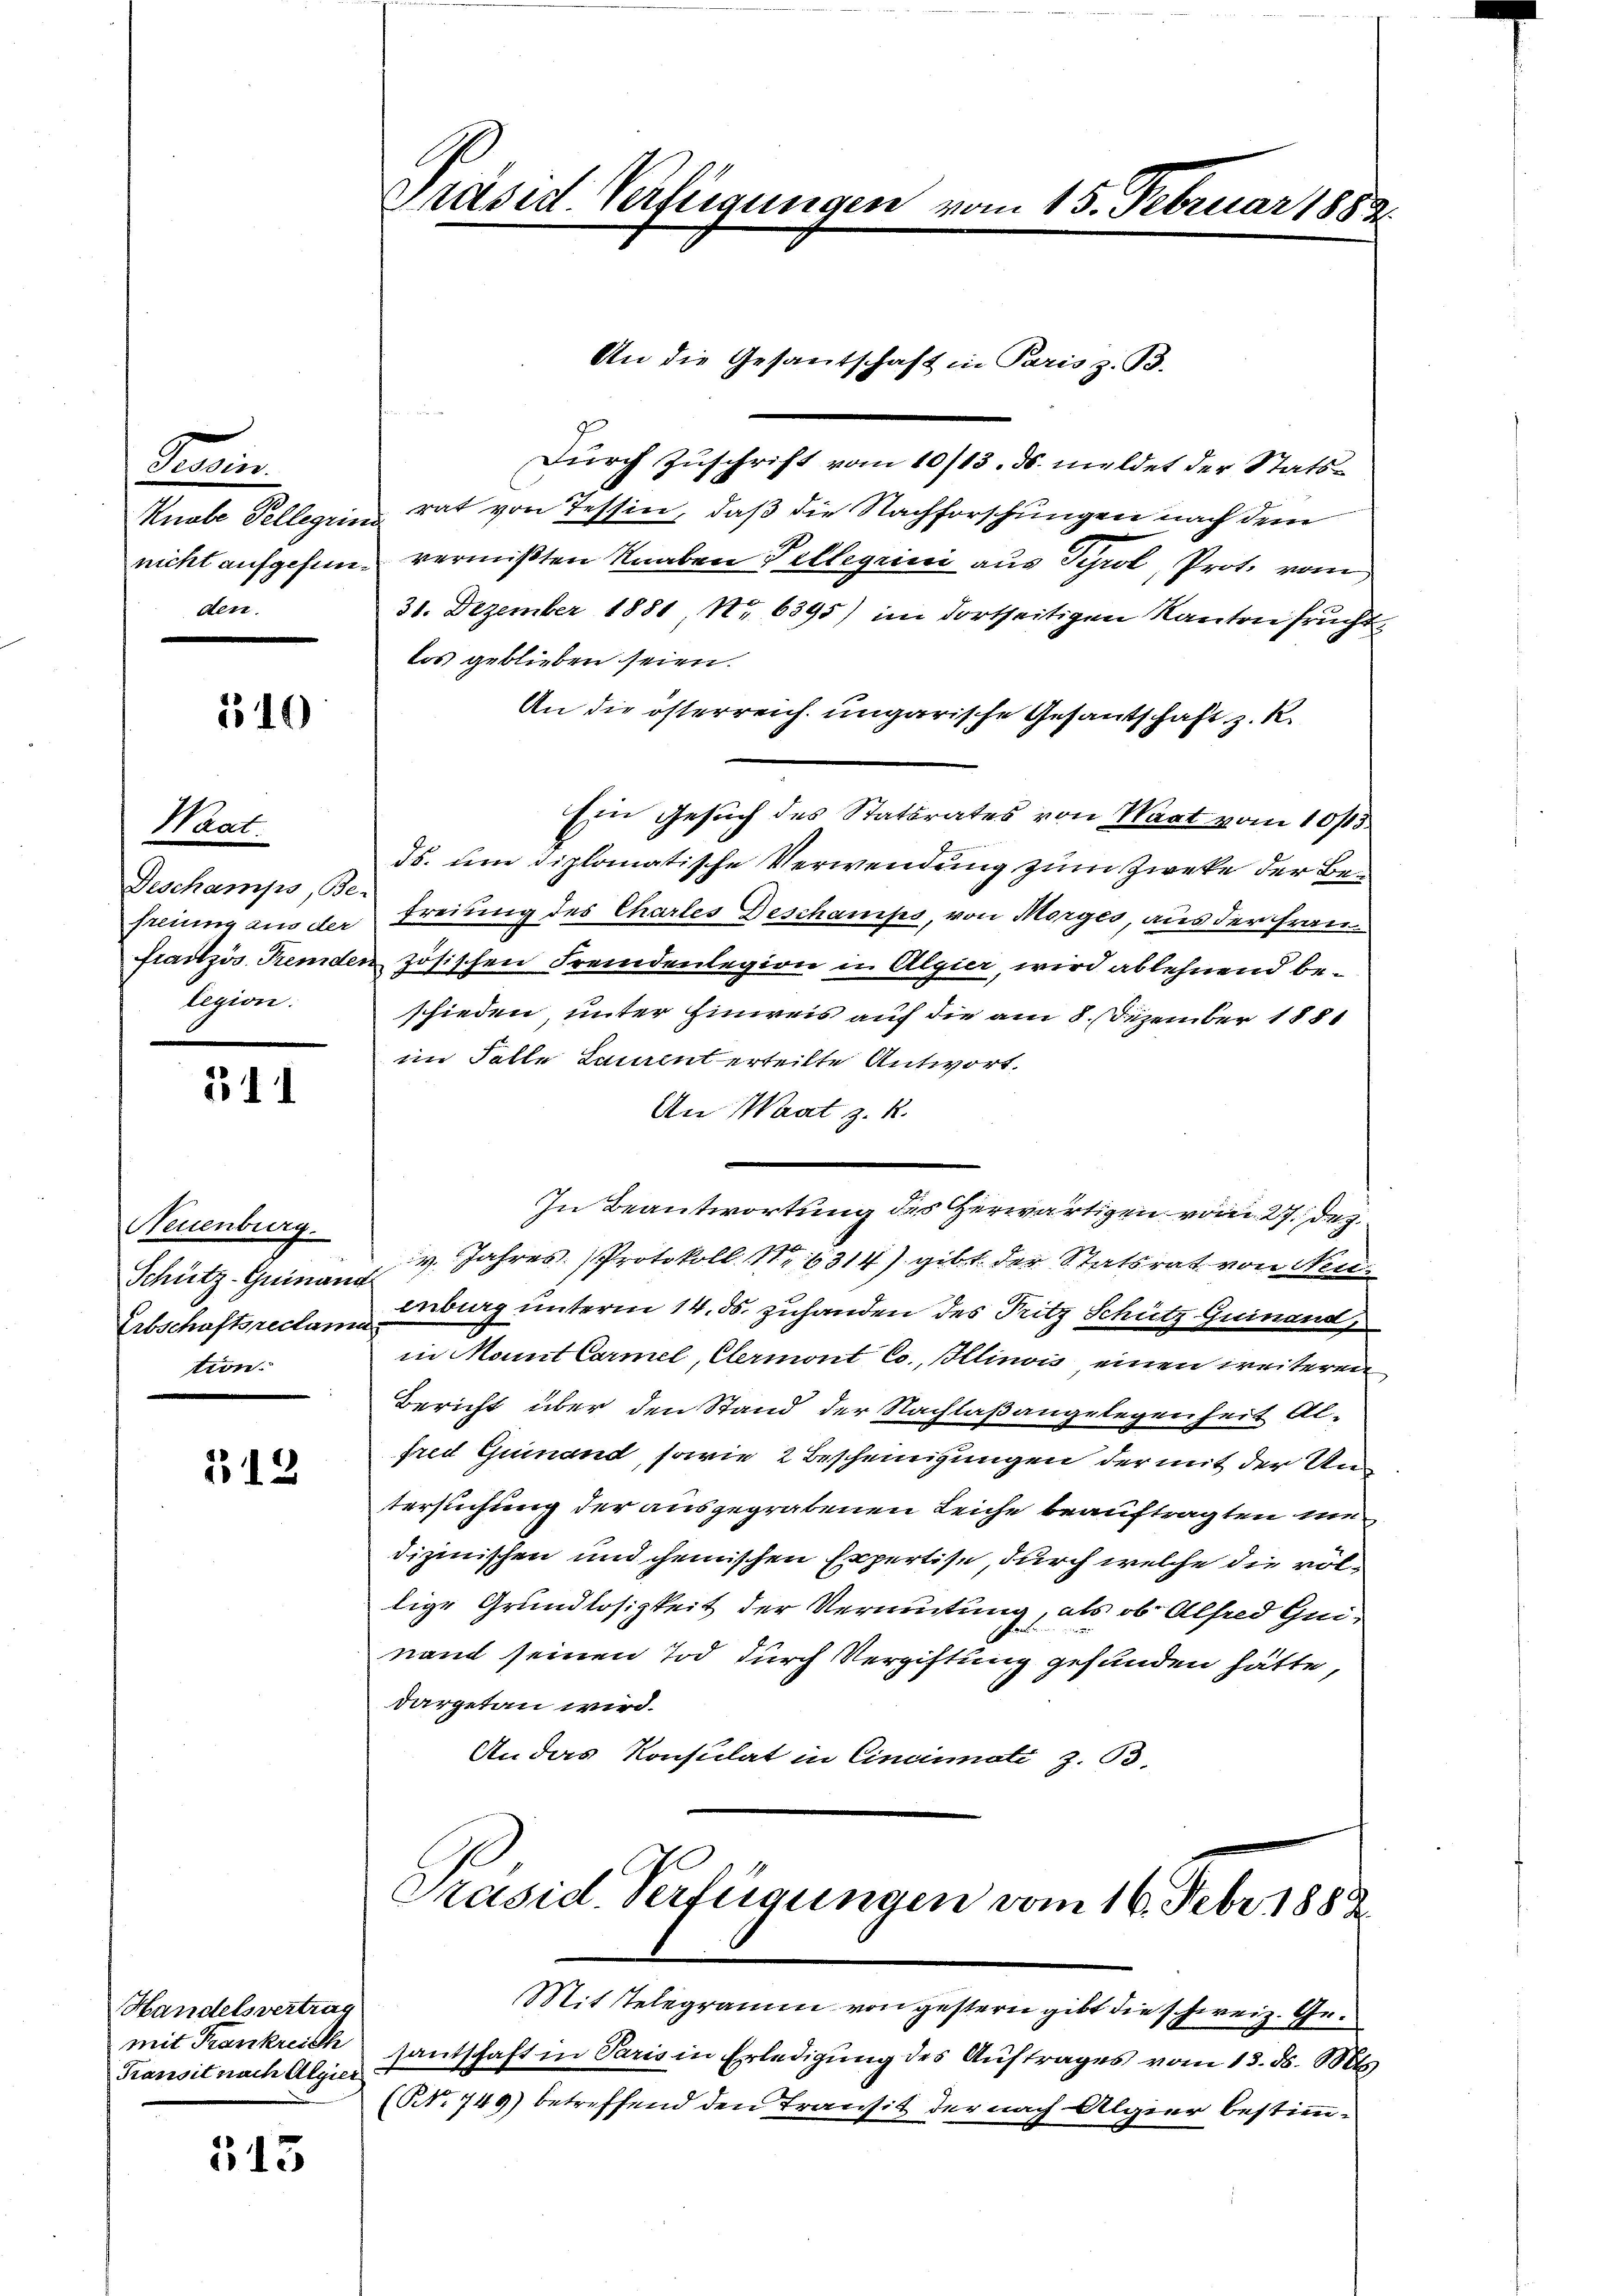
Peorier.
Knabe Pellegii
nicht aufgefunden.

510

Waat
Deschamps, Be
freung aus der
französ. Fremder
legion.

311

Neuenburg.
Schütz-Guinanz
Erbschaftsreclama
tion.

12

Handelsvertrag
mit Frankreich
Transit nach Algier

513

Präses Verfügungen vom 15. Februar 1883

Durch Zuschrift vom 10/13. ds. meldet der Statsrat von Tessin, daß die Nachforschungen nach dem
vermißten Knaben Pellegii aus Tyrol, Prot. vom
31. Dezember 1881 Nr. 6395) im dortseitigen Kanton fruche
los geblieben seien.
An die österreich ungarische Gesantschaft z. R.
Ein Gesuch des Statsrates von Wart vom 10/13.
ds. um diplomatische Verwendung zum Zweke der Be¬
Freiung des Chartes Deschamps, von Morges, aus der Französischen Fremdenlegion in Algier, wird ablehnend beschieden, unter Einweis auf die am 8. Dezember 1881
eim Falle Laurent erteilte Antwort.
An Maat z. R.
In Beantwortung des Herwärtigen vom 27. Dez.
v. Jahres Protokoll Nr 16314) gibt der Statsrat von Neuenburg unterm 14. ds. zuhanden des Pritz Schütz Guinand,
in Mant Carmel, Clermont Co. Illinois einen weiteren
Bericht über den Stand der Nachlaßangelegenheit Al-
fred Gumand, sowie 2 Bescheinigungen der mit der Untersuchung der ausgegrabenen Leiche beauftragten medizinischen und chemischen Expertise durch welche die völlige Grundlosigkeit der Vermutung, als ob Alfred Quinand seinen Tod durch Vergiftung gefunden hätte,
dargetan wird.
An das Konsulat in Cincinati z. B.
Präsid. Verfügungen vom 16. Febr 1882
Mit Telegramm von gestern gibt die schweiz. Gesantschaft in Paris in Erledigung des Auftrages vom 13. d. Mts.
(Nr. 749) betreffend den Transit der nach Algier bestimm-

An die Gesandschaft in Paris z. B.